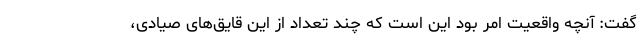
گفت: آنچه واقعیت امر بود این است که چند تعداد از این قایق‌های صیادی،